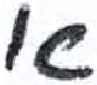
אות: א